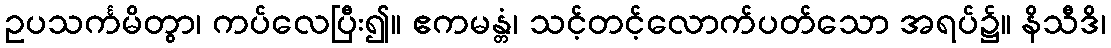
ဥပသင်္ကမိတွာ၊ ကပ်လေပြီး၍။ ဧကမန္တံ၊ သင့်တင့်လောက်ပတ်သော အရပ်၌။ နိသီဒိ၊